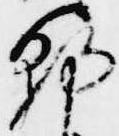
朝